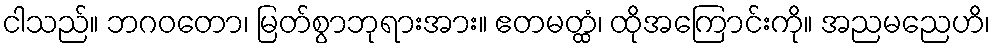
ငါသည်။ ဘဂဝတော၊ မြတ်စွာဘုရားအား။ ဧတမတ္ထံ၊ ထိုအကြောင်းကို။ အညမညေဟိ၊